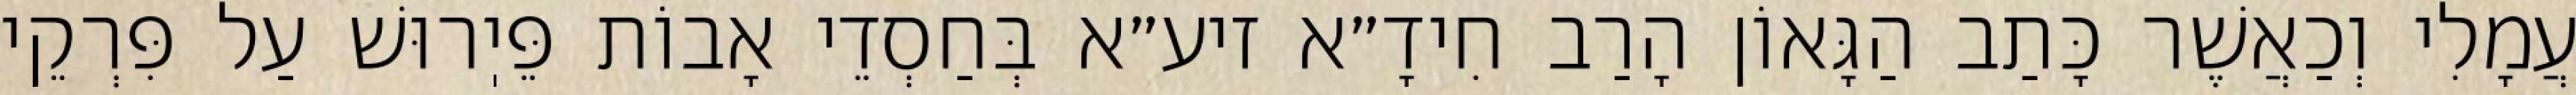
עֲמָלִי וְכַאֲשֶׁר כָּתַב הַגָּאוֹן הָרַב חִידָ״א זיע״א בְּחַסְדֵי אָבוֹת פֵּיֽרוּשׁ עַל פִּרְקֵי